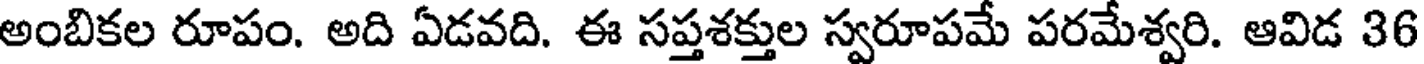
అంబికల రూపం. అది ఏడవది. ఈ సప్తశక్తుల స్వరూపమే పరమేశ్వరి. ఆవిడ 36